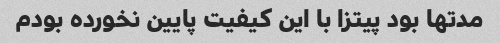
مدتها بود پیتزا با این کیفیت پایین نخورده بودم